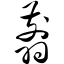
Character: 翦